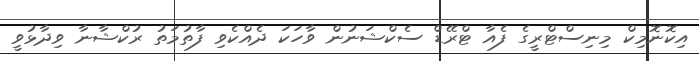
އިކޮނޮމިކް މިނިސްޓްރީގެ ފެއާ ޓްރޭޑް ސެކްޝަނުން ވާހަކަ ދެއްކެވި ފާތުމަތު ރުކްޝާނާ ވިދާޅުވީ